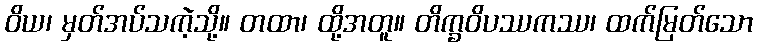
ဝိယ၊ မှတ်အပ်သကဲ့သို့။ တထာ၊ ထို့အတူ။ တိက္ခဝိပဿကဿ၊ ထက်မြတ်သော